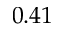
0 . 4 1